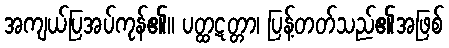
အကျယ်ပြအပ်ကုန်၏။ ပတ္ထဋတ္တာ၊ ပြန့်တတ်သည်၏အဖြစ်